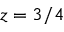
z = 3 / 4